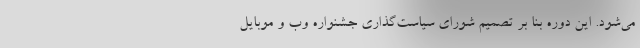
می‌شود. این دوره بنا بر تصمیم شورای سیاست‌گذاری جشنواره وب و موبایل